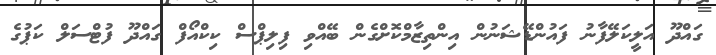
ގައްދޫ އަލީކަލޭފާނު ފައުންޑޭޝަނުން އިންތިޒާމްކޮށްގެން ބޭއްވި ފިލިޕްސް ކިކްއޯފް ގައްދޫ ފުޓްސަލް ކަޕުގެ